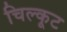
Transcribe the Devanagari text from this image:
चिल्कूट